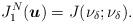
LaTeX: \begin{align*}J^{N}_{1}(\boldsymbol{u}) = J(\nu_{\delta};\nu_{\delta}).\end{align*}